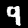
Label: 9